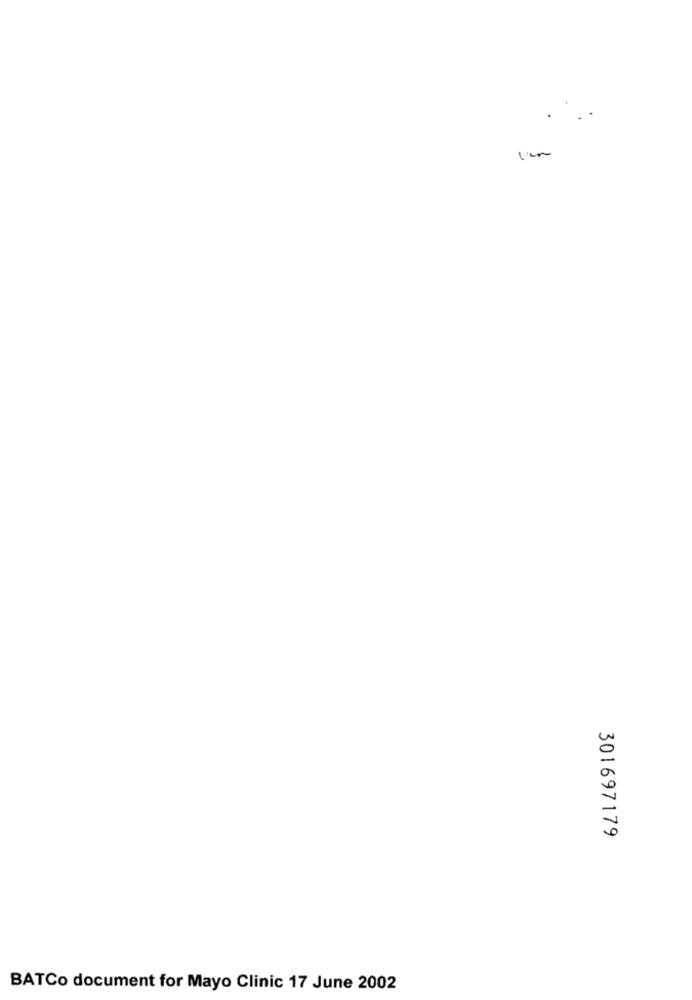
301697179
BATCo document for Mayo Clinic 17 June 2002